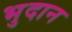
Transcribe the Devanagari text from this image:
भुदान